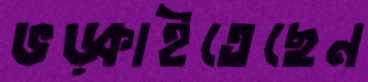
ভড়্‌কাইতেছেন